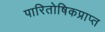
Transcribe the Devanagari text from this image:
पारितोषिकप्राप्त